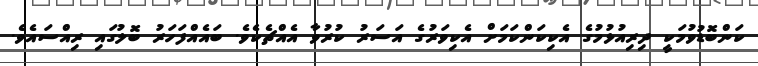
ކަންބޮޑުވުމަކީ ދިރިއުޅުމުގެ އެކިކަންކަމަށް އެކިވަރުގެ އަސަރު ކުރުވާ އެއްޗެކެވެ. ބައެއްފަހަރު ބޮލުގައި ރިއްސައެވެ.